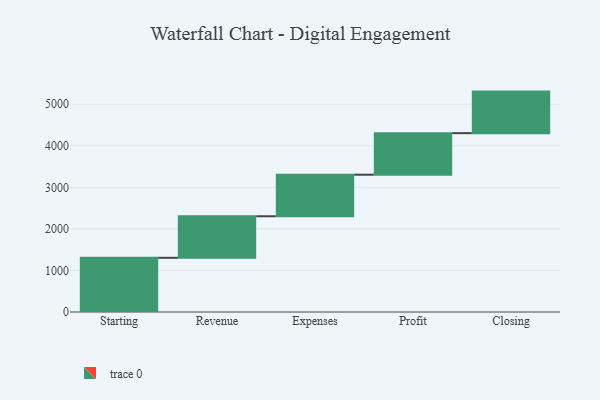
{"axis": {"x": "Step", "y": "Value"}, "legend": [""], "data": [{"x": "Starting", "y": 1304.0, "type": ""}, {"x": "Revenue", "y": 1000, "type": ""}, {"x": "Expenses", "y": 1000, "type": ""}, {"x": "Profit", "y": 1000, "type": ""}, {"x": "Closing", "y": 1000, "type": ""}]}